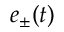
e _ { \pm } ( t )